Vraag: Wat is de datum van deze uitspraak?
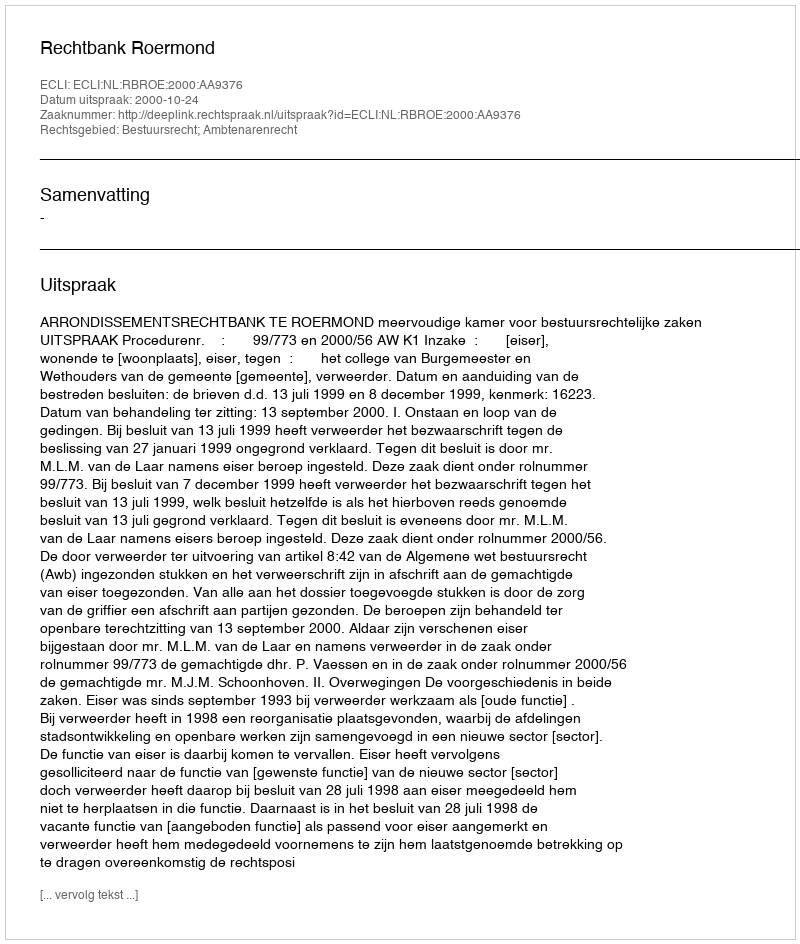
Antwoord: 2000-10-24